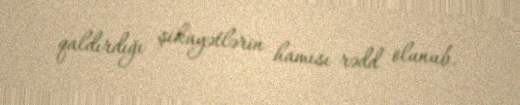
qaldırdığı şikayətlərin hamısı rədd olunub.